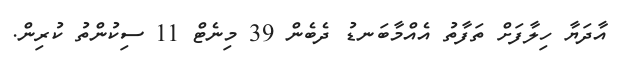
އާދަޔާ ހިލާފަށް ތަފާތު އެއްމާބަނޑު ދެބެން 39 މިނެޓް 11 ސިކުންތު ކުރިން.